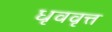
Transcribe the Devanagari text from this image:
धृववृत्त